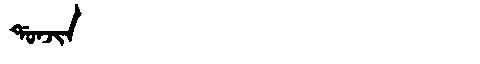
Manchu: ᡩᠣᠨᠵᡳᠨ
Romanization: DONJIN